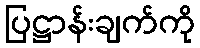
ပြဋ္ဌာန်းချက်ကို